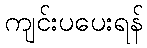
ကျင်းပပေးရန်